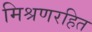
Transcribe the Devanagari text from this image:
मिश्रणरहित